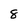
Character: 8